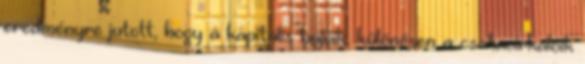
eredményre jutott, hogy a kapitális hajóik, különösen a csatacirkálóik